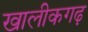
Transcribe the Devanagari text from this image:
खालीकगढ़